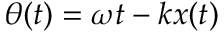
\theta ( t ) = \omega t - k x ( t )